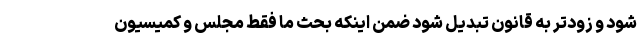
شود و زودتر به قانون تبدیل شود ضمن اینکه بحث ما فقط مجلس و کمیسیون